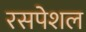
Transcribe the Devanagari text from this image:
रसपेशल